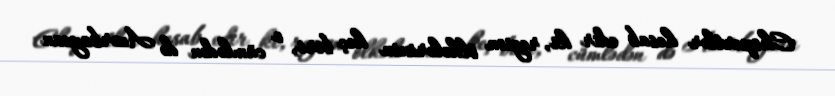
Ekspertlər hesab edir ki, region ölkələrinin heç biri, o cümlədən də Azərbaycan